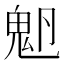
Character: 𩲂